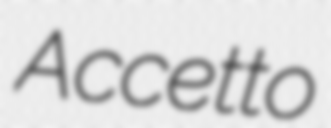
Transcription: Accetto